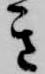
き